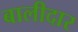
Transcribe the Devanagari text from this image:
बालीदार